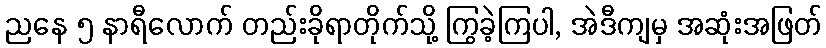
ညနေ ၅ နာရီလောက် တည်းခိုရာတိုက်သို့ ကြွခဲ့ကြပါ, အဲဒီကျမှ အဆုံးအဖြတ်